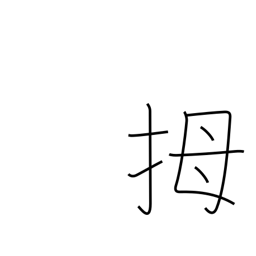
Meaning: thumb